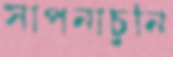
সাপনাচুনি